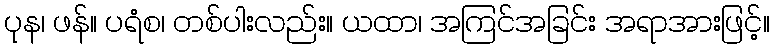
ပုန၊ ဖန်။ ပရံစ၊ တစ်ပါးလည်း။ ယထာ၊ အကြင်အခြင်း အရာအားဖြင့်။